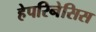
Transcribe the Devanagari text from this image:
हेपरिनेसिस